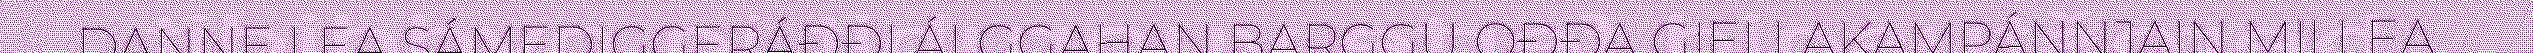
DANNE LEA SÁMEDIGGERÁĐĐI ÁLGGAHAN BARGGU OĐĐA GIELLAKAMPÁNNJAIN MII LEA